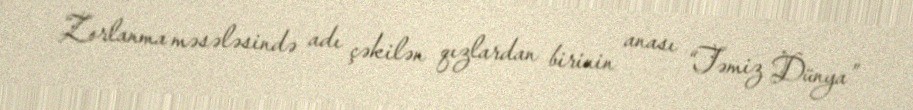
Zorlanma məsələsində adı çəkilən qızlardan birinin anası “Təmiz Dünya”